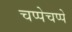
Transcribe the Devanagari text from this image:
चप्पेचप्पे